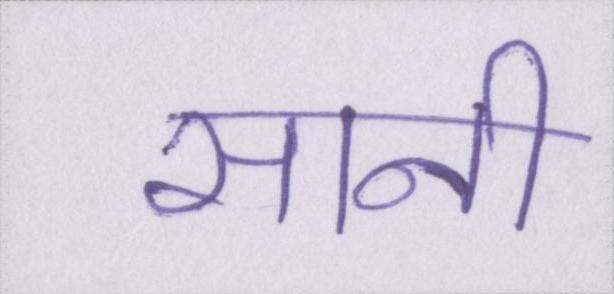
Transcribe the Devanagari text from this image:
सानी